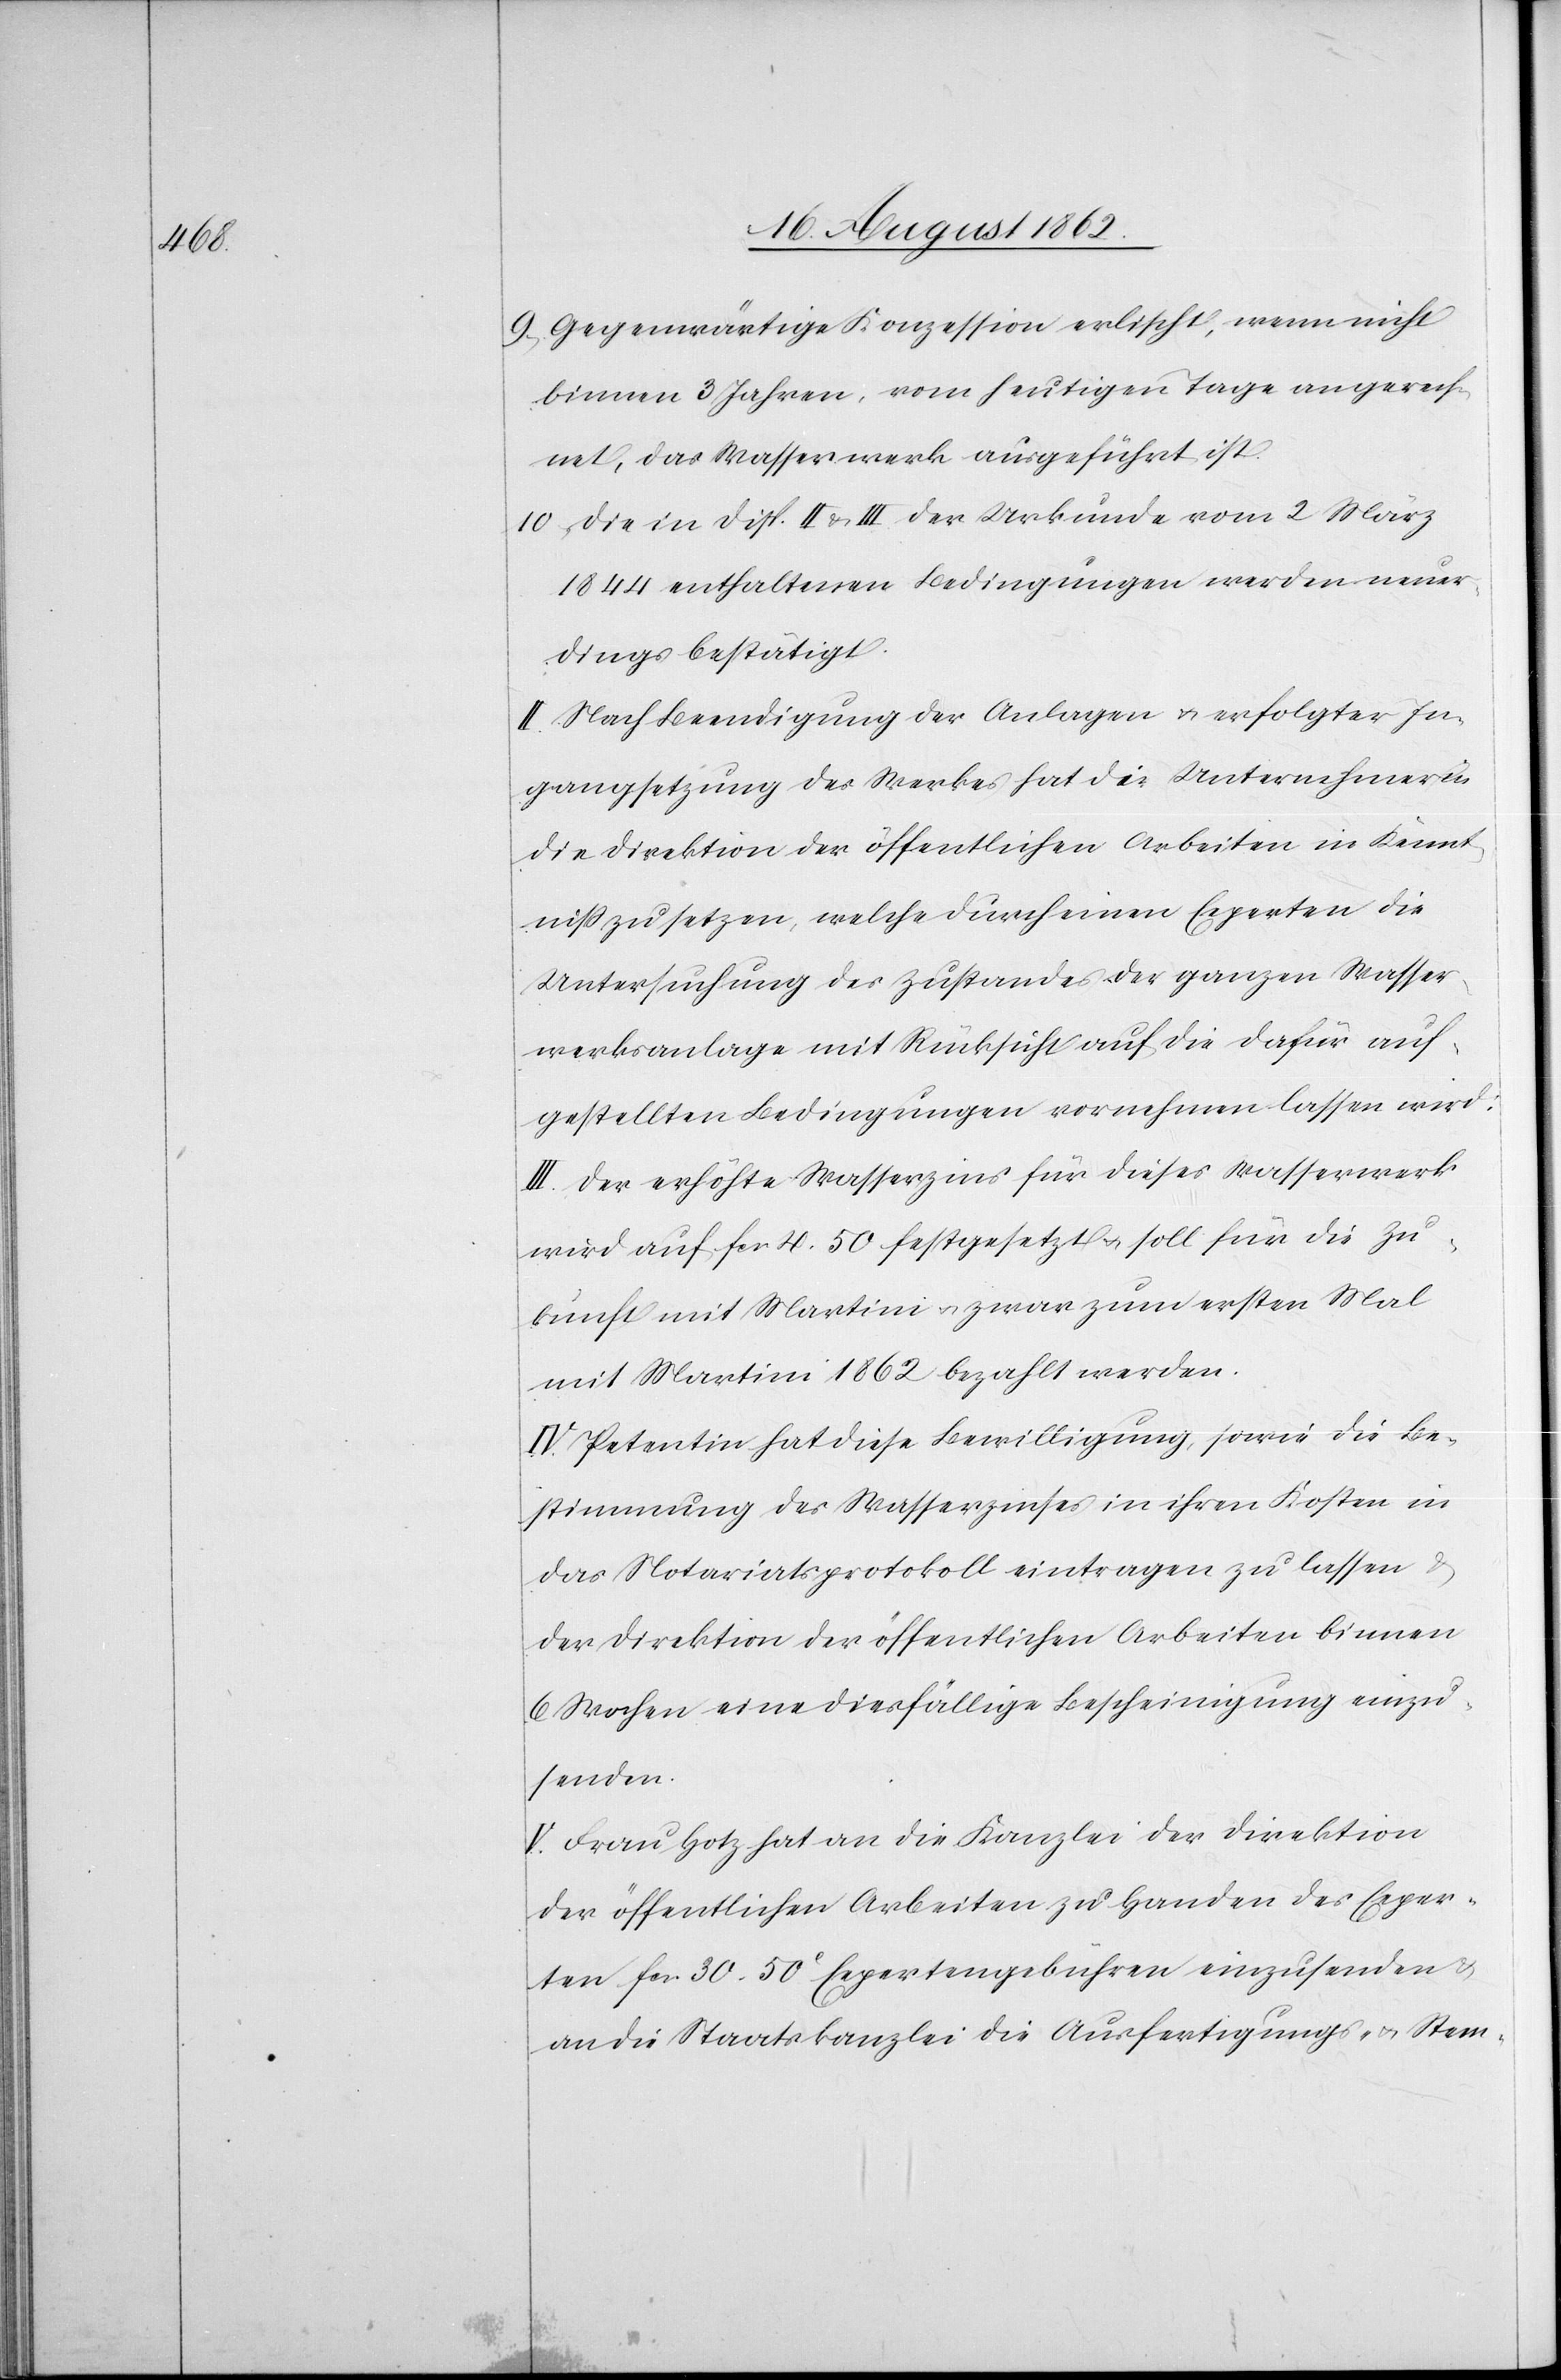
pel-

9. Gegenwärtige Konzession erlischt, wenn nicht
binnen 3 Jahren, vom heutigen Tage an gerech¬
net, das Wasserwerk ausgeführt ist.
10. Die in Disp. II u. III der Urkunde vom 2. März
1844 enthaltenen Bedingungen werden neuer¬
dings bestätigt.
II. Nach Beendigung der Anlagen u. erfolgter In¬
gangsetzung des Werkes hat die Unternehmerin
die Direktion der öffentlichen Arbeiten in Kennt¬
niß zu setzen, welche durch einen Experten die
Untersuchung des Zustandes der ganzen Wasser¬
werksanlage mit Rücksicht auf die dafür auf¬
gestellten Bedingungen vornehmen lassen wird.
III. Der erhöhte Wasserzins für dieses Wasserwerk
wird auf fcs. 4.50 festgesetzt u. soll für die Zu¬
kunft mit Martini u. zwar zum ersten Mal
mit Martini 1862 bezahlt werden.
IV. Petent hat diese Bewilligung, sowie die Be¬
stimmung des Wasserzinses in ihren Kosten in
das Notariatsprotokoll eintragen zu lassen u.
der Direktion der öffentlichen Arbeiten binnen
6 Wochen eine diesfällige Bescheinigung einzu¬
senden.
V. Frau Hotz hat an die Kanzlei der Direktion
der öffentlichen Arbeiten zu Handen des Exper¬
ten fcs. 30. 50C Expertengebühren einzusenden u.
an die Staatskanzlei die Ausfertigungs- u. Stem¬